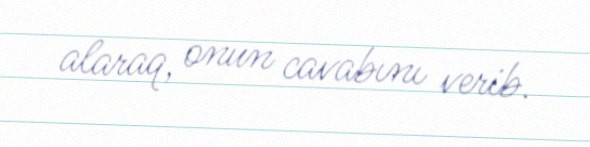
alaraq, onun cavabını verib.